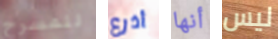
للمسرح أذرع أنها ليس